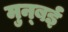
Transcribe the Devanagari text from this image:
मुन्बई